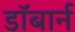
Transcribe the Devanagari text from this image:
डॉबार्न